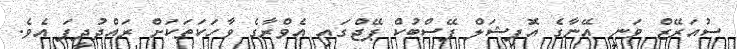
ސުއަރޭޒް ވަނީ އޭނާގެ އޮފިޝަލް ފޭސްބުކް ޕޭޖްގައި އެވްރާގެ ވާހަކަތަކަށް ރައްދުދީފަ އެވެ.